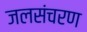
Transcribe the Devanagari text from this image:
जलसंचरण